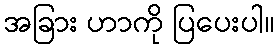
အခြား ဟာကို ပြပေးပါ။